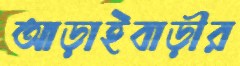
আড়াইবাড়ীর